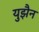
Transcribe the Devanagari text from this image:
युझैन